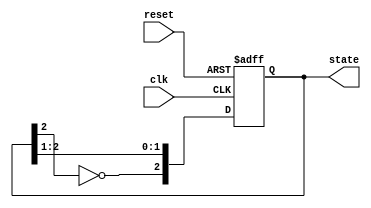
module johnson_counter (
    input wire clk,
    input wire reset,
    output reg [2:0] state
);

// Asynchronous reset and state initialization
always @(posedge clk or posedge reset) begin
    if (reset) begin
        state <= 3'b000;  // Reset to initial state
    end else begin
        // Johnson counter state transition
        state <= {~state[2], state[2:1]}; // Shift left and feedback inverted last bit
    end
end

endmodule